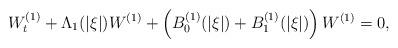
LaTeX: \begin{align*}W^{(1)}_{t}+\Lambda_1(|\xi|)W^{(1)}+\left(B_0^{(1)}(|\xi|)+B_1^{(1)}(|\xi|)\right)W^{(1)}=0,\end{align*}